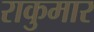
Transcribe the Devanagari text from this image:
राकुमार